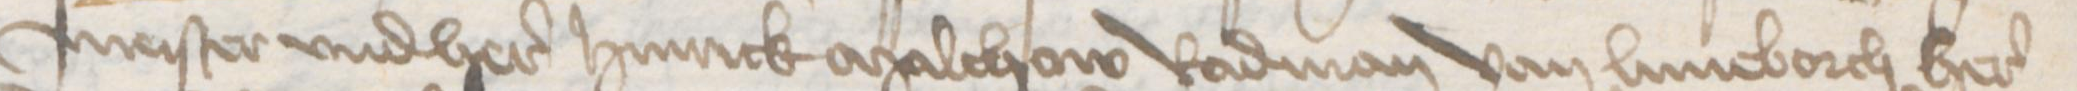
meister vnd here Hinrick Malchow Radman van Luneborch here